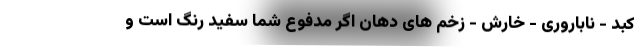
کبد - ناباروری - خارش - زخم های دهان اگر مدفوع شما سفید رنگ است و